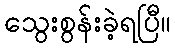
သွေးစွန်းခဲ့ရပြီ။